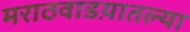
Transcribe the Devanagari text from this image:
मराठवाडय़ातल्या